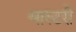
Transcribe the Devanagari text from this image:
मास्‍टरी